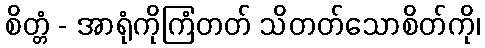
စိတ္တံ - အာရုံကိုကြံတတ် သိတတ်သောစိတ်ကို၊